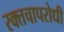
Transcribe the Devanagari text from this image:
रक्तचापरोधी